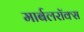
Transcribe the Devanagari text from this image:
मार्बलरॉक्स